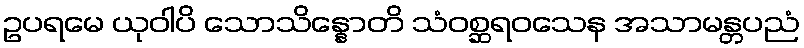
ဥပရမေ ယုဝါပိ သောသိန္နောတိ သံဝစ္ဆရဝသေန အသာမန္တပညံ